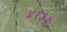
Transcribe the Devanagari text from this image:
४१३१